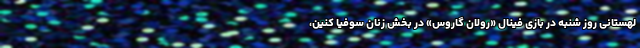
لهستانی روز شنبه در بازی فینال «رولان گاروس» در بخش زنان سوفیا کنین،